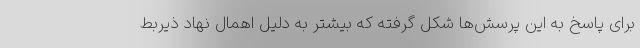
برای پاسخ به این پرسش‌ها شکل گرفته که بیشتر به دلیل اهمال نهاد ذیربط